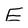
Character: E